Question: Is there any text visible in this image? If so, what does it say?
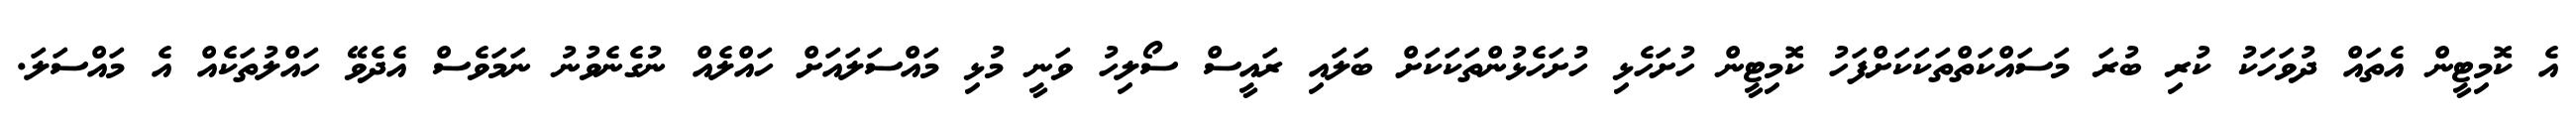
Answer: އެ ކޮމިޓީން އެތައް ދުވަހަކު ކުރި ބުރަ މަސައްކަތްތަކަކަށްފަހު ކޮމިޓީން ހުށަހެޅި ހުށަހެޅުންތަކަކަށް ބަލައި ރައީސް ސޯލިހު ވަނީ މުޅި މައްސަލައަށް ހައްލެއް ނުގެނެވުނު ނަމަވެސް އެދެވޭ ހައްލުތަކެއް އެ މައްސަލަ.